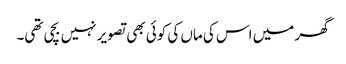
گھر میں اس کی ماں کی کوئی بھی تصویر نہیں بچی تھی۔